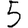
Digit: 5